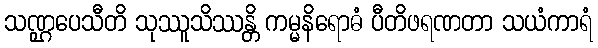
သဏ္ဌပေသီတိ သုဿူသိဿန္တိ ကမ္မနိရောဓံ ပီတိဖရဏတာ သယံကာရံ